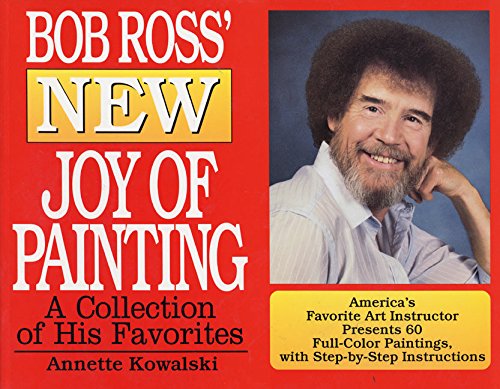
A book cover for Bob Ross' New Joy of Painting; Annette Kowalski; Arts & Photography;